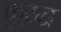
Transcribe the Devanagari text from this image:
कु्रद्ध